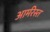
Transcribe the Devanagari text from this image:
आर्मरेस्त